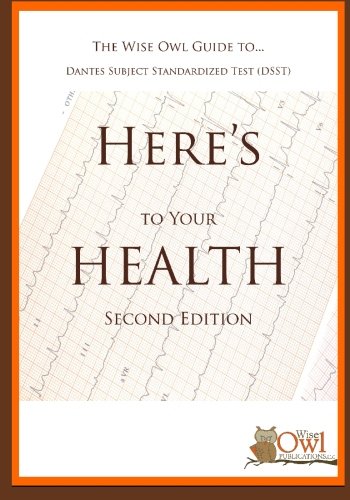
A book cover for The Wise Owl Guide To... Dantes Subject Standardized Test (DSST) Here's To Your Health (Second Edition); Wise Owl Publications LLC; Test Preparation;